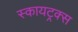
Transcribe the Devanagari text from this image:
स्कायट्रक्स